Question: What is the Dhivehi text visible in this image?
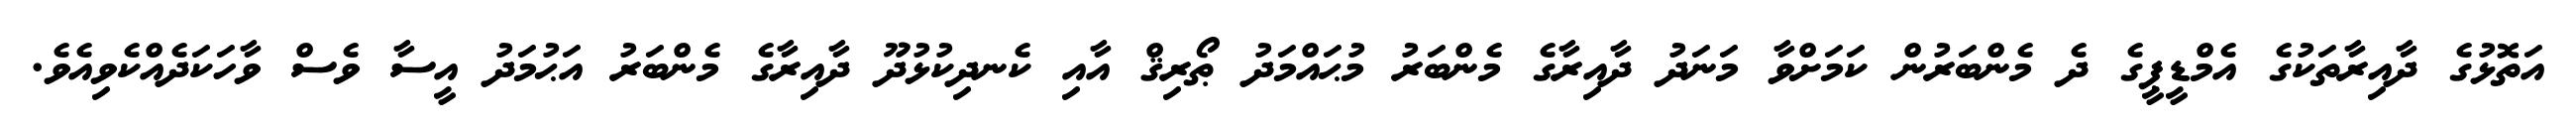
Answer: އަތޮޅުގެ ދާއިރާތަކުގެ އެމްޑީޕީގެ ދެ މެންބަރުން ކަމަށްވާ މަނަދު ދާއިރާގެ މެންބަރު މުޙައްމަދު ޠޯރިޤް އާއި ކެނދިކުޅުދޫ ދާއިރާގެ މެންބަރު އަޙުމަދު އީސާ ވެސް ވާހަކަދެއްކެވިއެވެ.